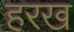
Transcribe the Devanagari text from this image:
हरख